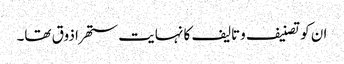
ان کو تصنیف وتالیف کا نہایت ستھرا ذوق تھا۔